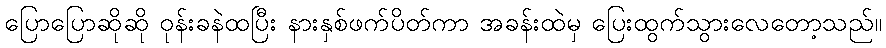
ပြောပြောဆိုဆို ဝုန်းခနဲထပြီး နားနှစ်ဖက်ပိတ်ကာ အခန်းထဲမှ ပြေးထွက်သွားလေတော့သည်။